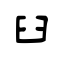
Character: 臼